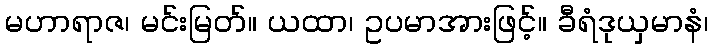
မဟာရာဇ၊ မင်းမြတ်။ ယထာ၊ ဥပမာအားဖြင့်။ ခီရံဒုယှမာနံ၊